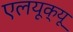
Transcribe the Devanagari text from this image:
एलयूक्यू